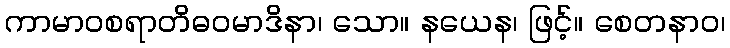
ကာမာဝစရာတိဓဝမာဒိနာ၊ သော။ နယေန၊ ဖြင့်။ စေတနာဝ၊